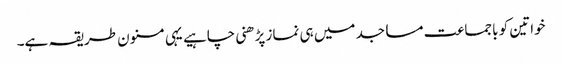
خواتین کو باجماعت مساجد میں ہی نماز پڑھنی چاہیے یہی مسنون طریقہ ہے۔